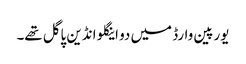
یورپین وارڈ میں دو اینگلو انڈین پاگل تھے۔